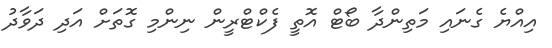
އިއްޔެ ގެނައި މަތިންދާ ބޯޓް އޮތީ ފެކްޓްރީން ނިންމި ގޮތަށް އަދި ދަވާދު